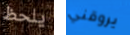
يلحظ يروقني